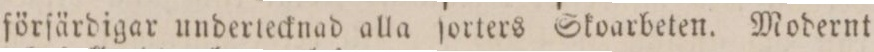
förſärdigar undertecknad alla ſorters Skoarbeten. Modernt